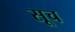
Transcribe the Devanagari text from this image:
सूच